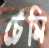
চেমি